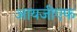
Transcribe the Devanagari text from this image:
आयजीएफ